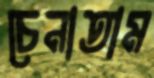
চেনাতাম